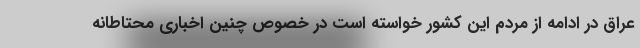
عراق در ادامه از مردم این کشور خواسته است در خصوص چنین اخباری محتاطانه